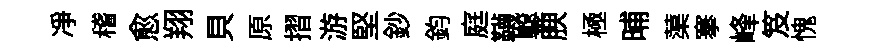
净稽愈翔貝原摺游堅鈔鈞庭韈鑿腴極晡蕖搴峰笈愧